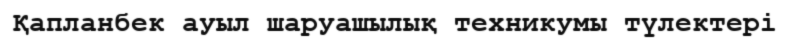
Қапланбек ауыл шаруашылық техникумы түлектері